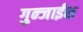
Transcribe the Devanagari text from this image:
गुन्जाईश